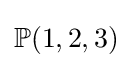
\mathbb {P} (1,2,3)